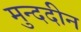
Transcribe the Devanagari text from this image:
मुन्ददीन